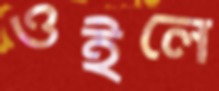
ওইলে